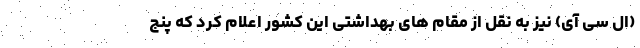
(ال سی آی) نیز به نقل از مقام های بهداشتی این کشور اعلام کرد که پنج